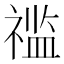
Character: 𱵥